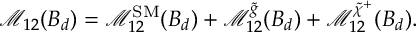
\mathcal { M } _ { 1 2 } ( B _ { d } ) = \mathcal { M } _ { 1 2 } ^ { \mathrm { S M } } ( B _ { d } ) + \mathcal { M } _ { 1 2 } ^ { \tilde { g } } ( B _ { d } ) + \mathcal { M } _ { 1 2 } ^ { \tilde { \chi } ^ { + } } ( B _ { d } ) .